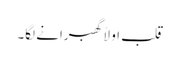
قلب اولاً گھبرانے لگا۔